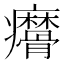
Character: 𤼑